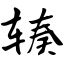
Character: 辏